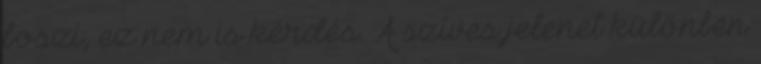
boszi, ez nem is kérdés. A szíves jelenet különben